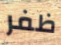
ظفر